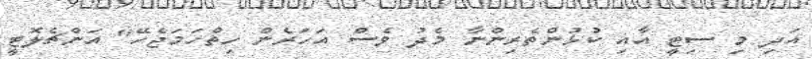
އަދި މި ސިޓީ އާއި ކުޅުންތެރިންނާ މެދު ވެސް އަހަރެން ހިތްހަމަޖެހޭ" އަންޗެލޮޓީ